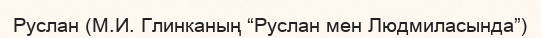
Руслан (М.И. Глинканың “Руслан мен Людмиласында”)